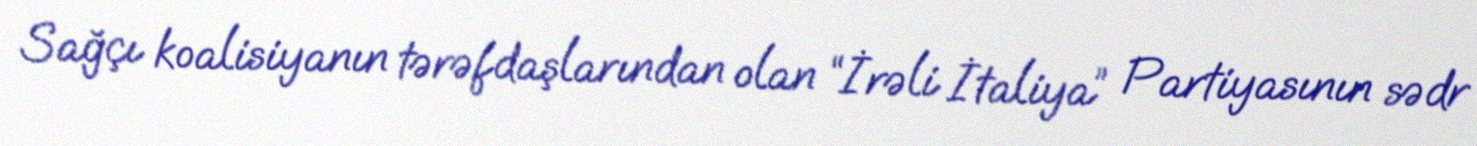
Sağçı koalisiyanın tərəfdaşlarından olan “İrəli İtaliya” Partiyasının sədr